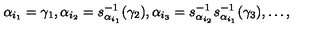
\alpha _ { i _ { 1 } } = \gamma _ { 1 } , \alpha _ { i _ { 2 } } = s _ { \alpha _ { i _ { 1 } } } ^ { - 1 } ( \gamma _ { 2 } ) , \alpha _ { i _ { 3 } } = s _ { \alpha _ { i _ { 2 } } } ^ { - 1 } s _ { \alpha _ { i _ { 1 } } } ^ { - 1 } ( \gamma _ { 3 } ) , \ldots ,